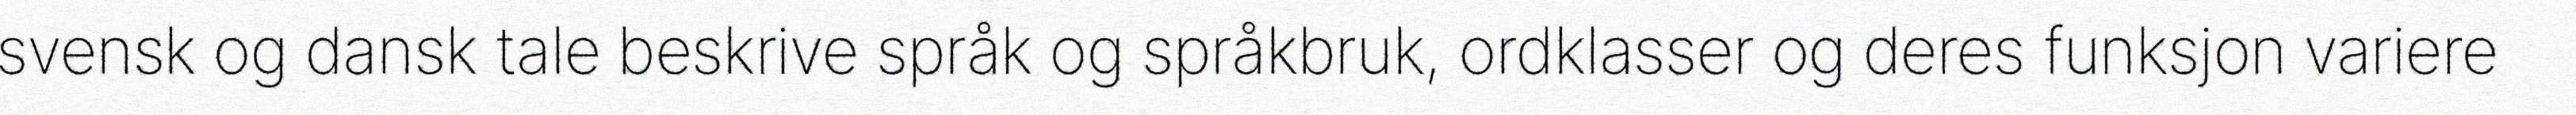
svensk og dansk tale beskrive språk og språkbruk, ordklasser og deres funksjon variere